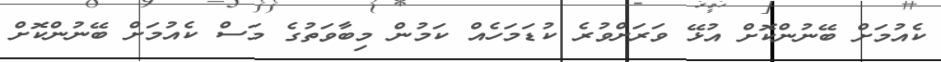
ކެއުމަށް ބޭނުންކޮށް އުޅޭ ވަރަށްވުރެ ކުޑަމަހެއް ކަމުން މިބާވަތުގެ މަސް ކެއުމަށް ބޭނުންކޮށް